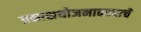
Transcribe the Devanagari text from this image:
प्रकाशयोजनाकाराचे